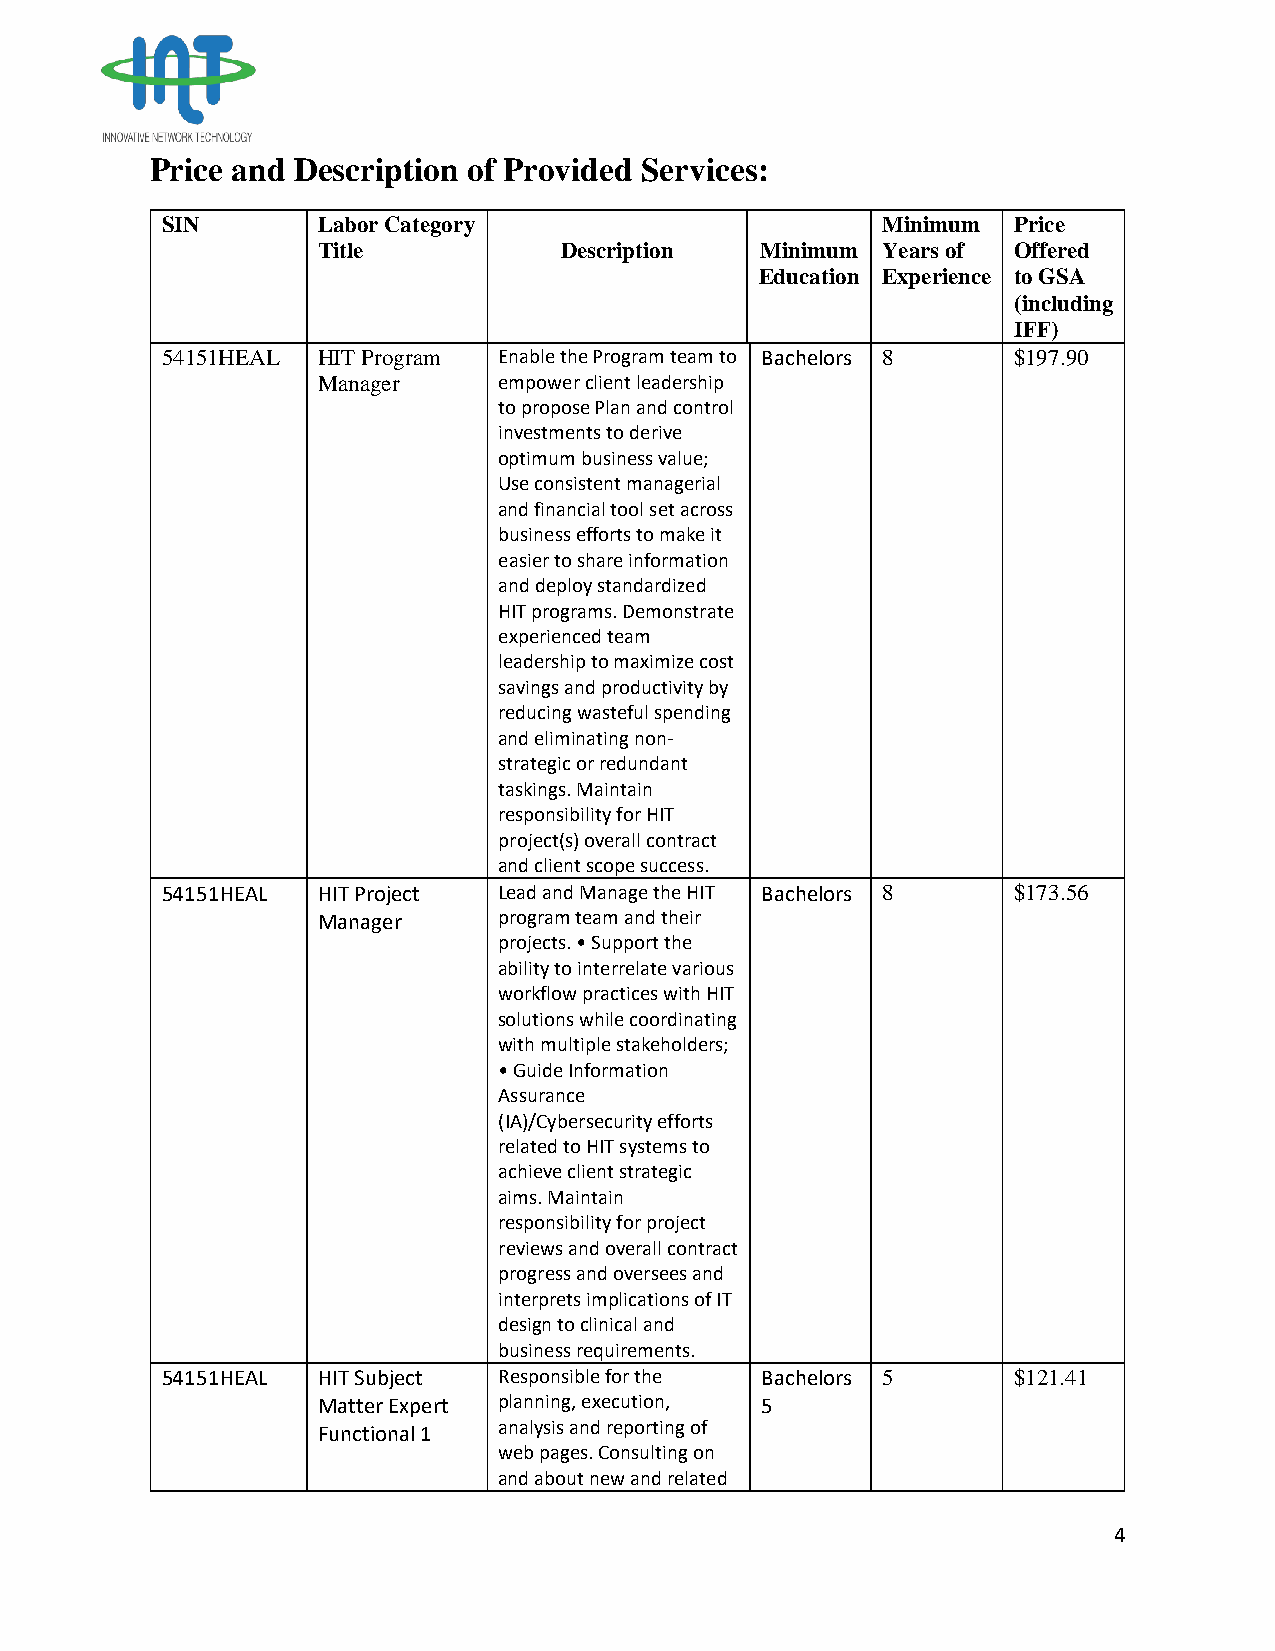
Price and Description of Provided Services:
 SIN       Labor Category                       Minimum  Price
 Title           Description  Minimum Years of Offered
 Education Experience to GSA
 (including
 IFF)
 54151HEAL HIT Program Enable the Program team to Bachelors 8 $197.90
 Manager     empower client leadership
 to propose Plan and control
 investments to derive
 optimum business value;
 Use consistent managerial
 and financial tool set across
 business efforts to make it
 easier to share information
 and deploy standardized
 HIT programs. Demonstrate
 experienced team
 leadership to maximize cost
 savings and productivity by
 reducing wasteful spending
 and eliminating non-
 strategic or redundant
 taskings. Maintain
 responsibility for HIT
 project(s) overall contract
 and client scope success.
 54151HEAL HIT Project Lead and Manage the HIT Bachelors 8 $173.56
 Manager     program team and their
 projects. • Support the
 ability to interrelate various
 workflow practices with HIT
 solutions while coordinating
 with multiple stakeholders;
 • Guide Information
 Assurance
 (IA)/Cybersecurity efforts
 related to HIT systems to
 achieve client strategic
 aims. Maintain
 responsibility for project
 reviews and overall contract
 progress and oversees and
 interprets implications of IT
 design to clinical and
 business requirements.
 54151HEAL HIT Subject Responsible for the Bachelors 5   $121.41
 Matter Expert planning, execution, 5
 Functional 1 analysis and reporting of
 web pages. Consulting on
 and about new and related
 4